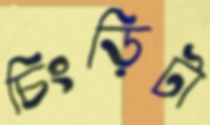
চিংড়িটা